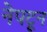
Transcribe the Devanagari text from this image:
नेपटून